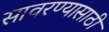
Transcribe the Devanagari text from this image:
सावरण्यासाठी